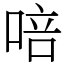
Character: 㖣